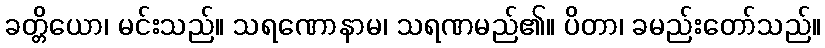
ခတ္တိယော၊ မင်းသည်။ သရဏောနာမ၊ သရဏမည်၏။ ပိတာ၊ ခမည်းတော်သည်။